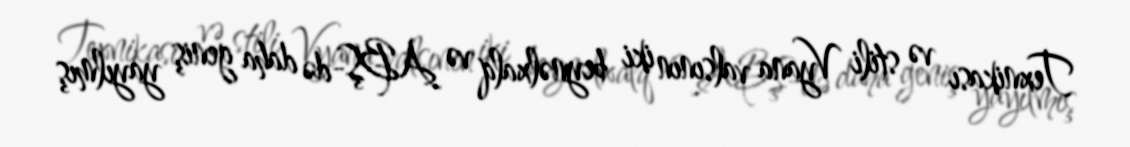
Texnikası və stili Vyana valsının iki beynəlxalq və ABŞ-də daha geniş yayılmış